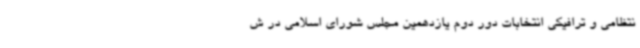
نتظامی و ترافیکی انتخابات دور دوم یازدهمین مجلس شورای اسلامی در ش